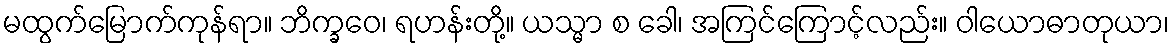
မထွက်မြောက်ကုန်ရာ။ ဘိက္ခဝေ၊ ရဟန်းတို့။ ယသ္မာ စ ခေါ၊ အကြင်ကြောင့်လည်း။ ဝါယောဓာတုယာ၊